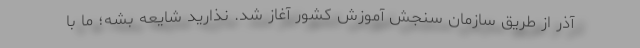
آذر از طریق سازمان سنجش آموزش کشور آغاز شد. نذارید شایعه بشه؛ ما با